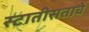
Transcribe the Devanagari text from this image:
स्टातीसताचे